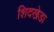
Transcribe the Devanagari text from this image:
शिदखेडा